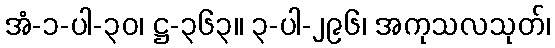
အံ-၁-ပါ-၃၀၊ ဋ္ဌ-၃၆၃။ ၃-ပါ-၂၉၆၊ အကုသလသုတ်၊